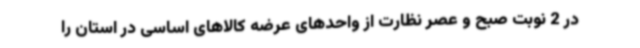
در 2 نوبت صبح و عصر نظارت از واحدهای عرضه کالاهای اساسی در استان را